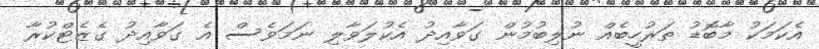
އެކަމަކު މާބޮޑު ތަރުހީބެއް ނުލިބުމުން ގަވާއިދު އެކުލަވާލި ނަމަވެސް އެ ގަވާއިދު ގެޒެޓްކުރާ